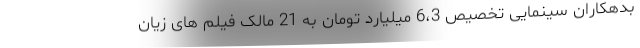
بدهکاران سینمایی تخصیص 6،3 میلیارد تومان به 21 مالک فیلم های زیان